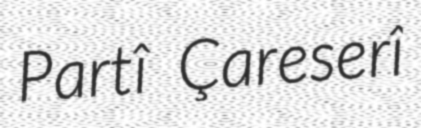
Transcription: Partî Çareserî